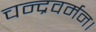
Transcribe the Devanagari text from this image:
चन्द्रवर्मन।